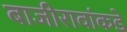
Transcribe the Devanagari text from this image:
बाजीरावांकडे